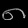
Digit: ၈